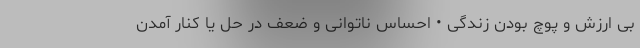
بی ارزش و پوچ بودن زندگی • احساس ناتوانی و ضعف در حل یا کنار آمدن